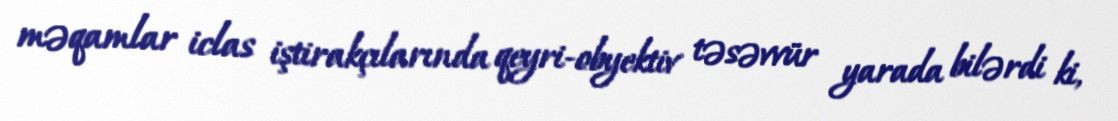
məqamlar iclas iştirakçılarında qeyri-obyektiv təsəvvür yarada bilərdi ki,